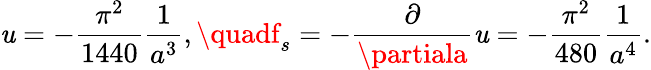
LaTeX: \mathit{u}=-{\frac{{\pi^{2}}}{{1440}}}{\frac{{1}}{{a^{3}}}},\quadf_{s}=-{\frac{{\partial}}{{\partiala}}}\mathit{u}=-{\frac{{\pi^{2}}}{{480}}}{\frac{{1}}{{a^{4}}}}.